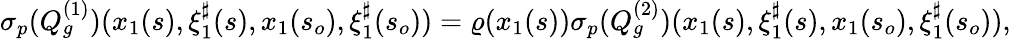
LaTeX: \begin{array}{r}{{{\sigma_{p}}}(Q_{g}^{(1)})(x_{1}(s),\xi_{1}^{\sharp}(s),x_{1}(s_{o}),\xi_{1}^{\sharp}(s_{o}))=\varrho(x_{1}(s)){{\sigma_{p}}}(Q_{g}^{(2)})(x_{1}(s),\xi_{1}^{\sharp}(s),x_{1}(s_{o}),\xi_{1}^{\sharp}(s_{o})),}\end{array}